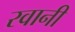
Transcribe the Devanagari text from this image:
रवानी